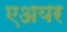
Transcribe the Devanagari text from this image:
एअयर